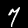
Label: 7